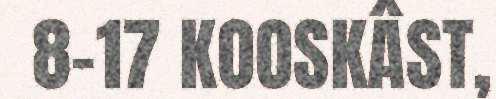
8-17 KOOSKÂST,